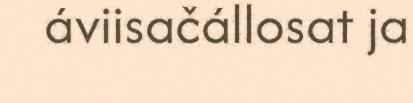
áviisačállosat ja